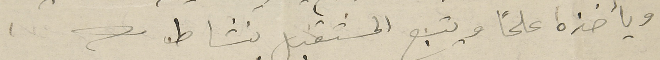
ويأخذه علماً ويتبع المستقبل بنشاط.